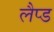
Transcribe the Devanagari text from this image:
लैप्ड